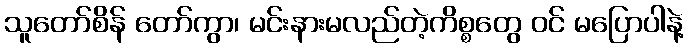
သူတော်စိန် တော်ကွာ၊ မင်းနားမလည်တဲ့ကိစ္စတွေ ဝင် မပြောပါနဲ့